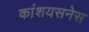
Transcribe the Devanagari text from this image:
कांशयसनेस